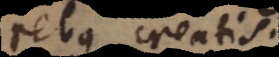
rebus creatis.